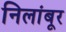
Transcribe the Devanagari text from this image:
निलांबूर